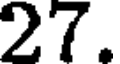
27.